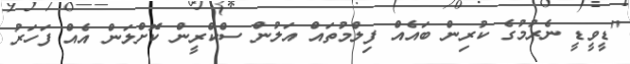
"ޑީވީޑީ ނެރުމުގެ ކުރިން ބައެއް ފިލްމުތައް އަލުން ސްކްރީން ކޮށްލަން އެއް ފަހަރު